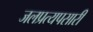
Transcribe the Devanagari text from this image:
जलप्रत्यपसारी